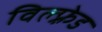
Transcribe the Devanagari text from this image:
विल्फ़्रेड